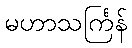
မဟာသင်္ကြန်